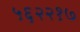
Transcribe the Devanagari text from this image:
५६२२१७